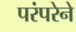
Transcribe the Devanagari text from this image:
परंंपरेने